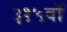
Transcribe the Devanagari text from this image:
३१५वॉ